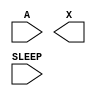
module sky130_fd_sc_lp__lsbufiso0p (
    //# {{data|Data Signals}}
    input  A    ,
    output X    ,

    //# {{power|Power}}
    input  SLEEP
);

    // Voltage supply signals
    supply1 DESTPWR;
    supply1 VPWR   ;
    supply0 VGND   ;
    supply1 DESTVPB;
    supply1 VPB    ;
    supply0 VNB    ;

endmodule